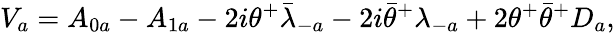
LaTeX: V_{a}=A_{0a}-A_{1a}-2i\theta^{+}{\bar{\lambda}}_{-a}-2i{\bar{\theta}}^{+}\lambda_{-a}+2\theta^{+}{\bar{\theta}}^{+}D_{a},